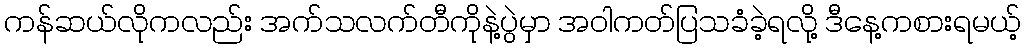
ကန်ဆယ်လိုကလည်း အက်သလက်တီကိုနဲ့ပွဲမှာ အဝါကတ်ပြသခံခဲ့ရလို့ ဒီနေ့ကစားရမယ့်